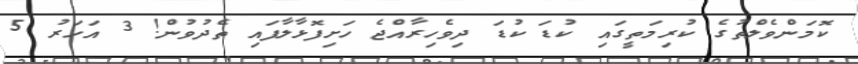
ކޮމަންވެލްތުގެ ކުރިމަތީގައި ކުޑަ ކުޑަ ދިވެހިރާއްޖެ ހަށިފޮޅާލާފައި ތެދުވުން! 3 އަހަރު 5